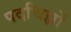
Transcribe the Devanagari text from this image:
पदचिह्मों